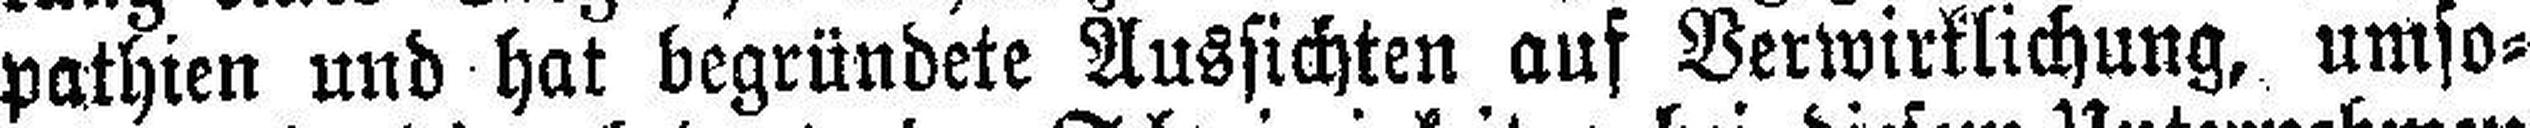
pathien und hat begründete Aussichten auf Verwirklichung, umso¬